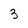
Character: 3